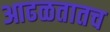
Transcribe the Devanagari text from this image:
आढळतातच